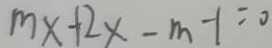
m x + 2 x - m - 1 = 0